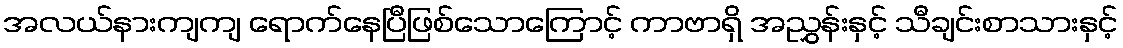
အလယ်နားကျကျ ရောက်နေပြီဖြစ်သောကြောင့် ကာဗာရှိ အညွှန်းနှင့် သီချင်းစာသားနှင့်